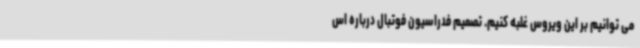
می توانیم بر این ویروس غلبه کنیم. تصمیم فدراسیون فوتبال درباره اس